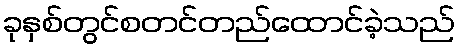
ခုနှစ်တွင်စတင်တည်ထောင်ခဲ့သည်